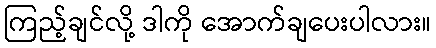
ကြည့်ချင်လို့ ဒါကို အောက်ချပေးပါလား။